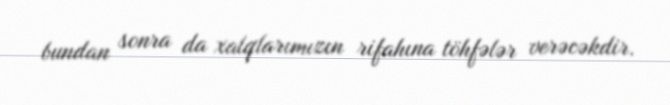
bundan sonra da xalqlarımızın rifahına töhfələr verəcəkdir.